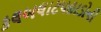
કલબલાટપહાડોની